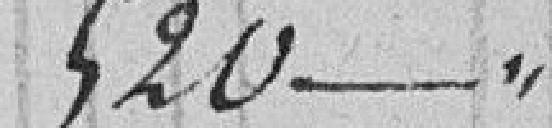
520